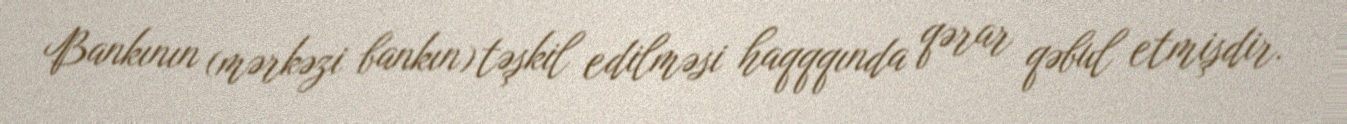
Bankının (mərkəzi bankın) təşkil edilməsi haqqqında qərar qəbul etmişdir.